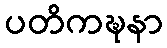
ပတိကဍ္ဎနာ